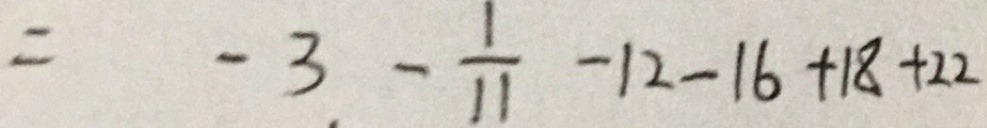
= - 3 - \frac { 1 } { 1 1 } - 1 2 - 1 6 + 1 8 + 2 2